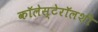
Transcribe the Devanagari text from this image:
कॉलेस्टेरॉलशी